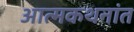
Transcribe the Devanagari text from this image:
आत्मकथनांत